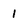
Character: 1